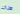
هناك